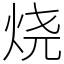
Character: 烧